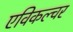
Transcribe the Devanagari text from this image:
एविकल्चर